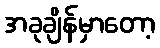
အခုချိန်မှာတော့